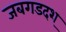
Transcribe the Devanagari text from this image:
जबगडदश्